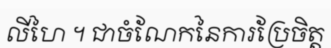
លីហៃ ។ ជាចំណែកនៃការប្រែចិត្ត